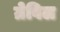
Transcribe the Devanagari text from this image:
ग्रेविल